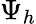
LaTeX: \Psi_{h}